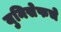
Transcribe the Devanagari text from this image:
युनिसेफचे